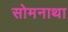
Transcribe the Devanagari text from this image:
सोमनाथा